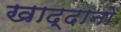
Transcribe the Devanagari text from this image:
खाद्दानो